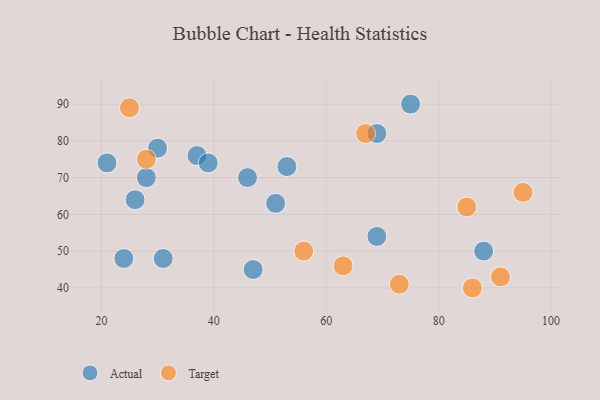
{"axis": {"x": "GDP", "y": "Life Expectancy"}, "legend": ["Actual", "Target"], "data": [{"x": "37", "y": 76, "type": "Actual"}, {"x": "47", "y": 45, "type": "Actual"}, {"x": "26", "y": 64, "type": "Actual"}, {"x": "69", "y": 54, "type": "Actual"}, {"x": "21", "y": 74, "type": "Actual"}, {"x": "31", "y": 48, "type": "Actual"}, {"x": "28", "y": 70, "type": "Actual"}, {"x": "51", "y": 63, "type": "Actual"}, {"x": "75", "y": 90, "type": "Actual"}, {"x": "46", "y": 70, "type": "Actual"}, {"x": "24", "y": 48, "type": "Actual"}, {"x": "39", "y": 74, "type": "Actual"}, {"x": "30", "y": 78, "type": "Actual"}, {"x": "69", "y": 82, "type": "Actual"}, {"x": "88", "y": 50, "type": "Actual"}, {"x": "53", "y": 73, "type": "Actual"}, {"x": "56", "y": 50, "type": "Target"}, {"x": "25", "y": 89, "type": "Target"}, {"x": "95", "y": 66, "type": "Target"}, {"x": "73", "y": 41, "type": "Target"}, {"x": "67", "y": 82, "type": "Target"}, {"x": "85", "y": 62, "type": "Target"}, {"x": "63", "y": 46, "type": "Target"}, {"x": "91", "y": 43, "type": "Target"}, {"x": "86", "y": 40, "type": "Target"}, {"x": "28", "y": 75, "type": "Target"}]}